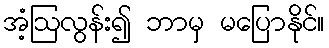
အံ့ဩလွန်း၍ ဘာမှ မပြောနိုင်။